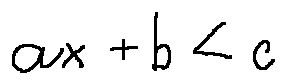
a x + b < c